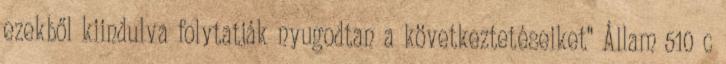
ezekből kiindulva folytatják nyugodtan a következtetéseiket” Állam 510 c